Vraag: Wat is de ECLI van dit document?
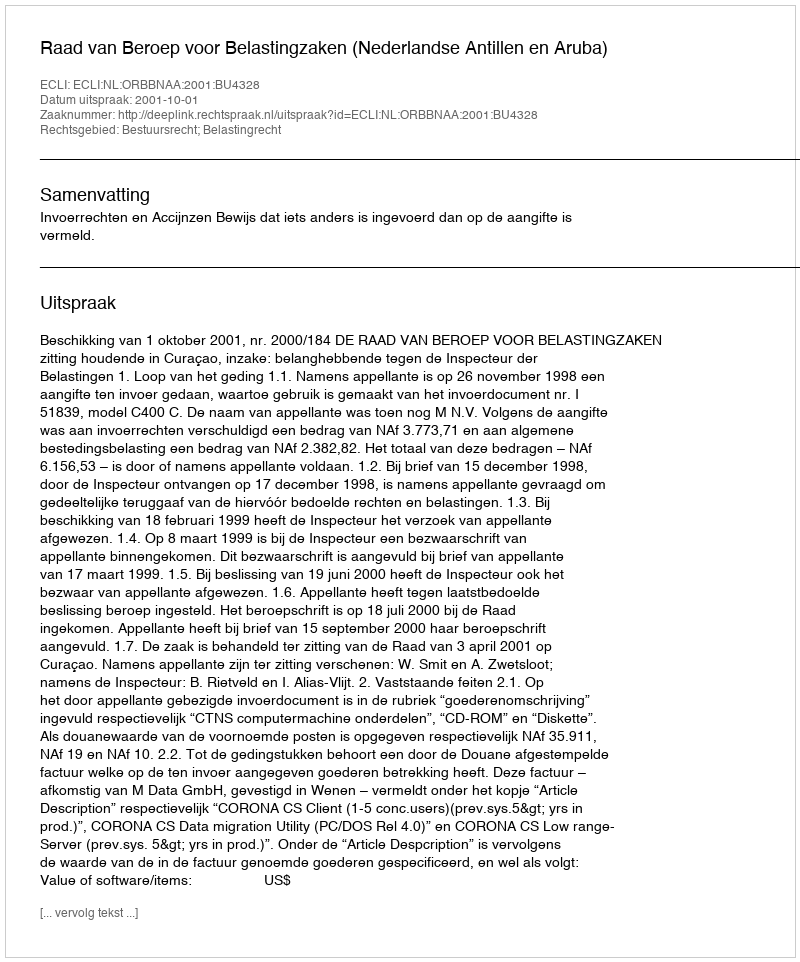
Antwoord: ECLI:NL:ORBBNAA:2001:BU4328